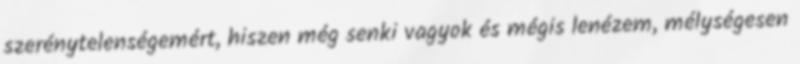
szerénytelenségemért, hiszen még senki vagyok és mégis lenézem, mélységesen